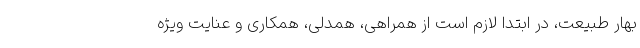
بهار طبیعت، در ابتدا لازم است از همراهی، همدلی، همکاری و عنایت ویژه